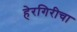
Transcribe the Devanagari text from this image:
हेरगिरीचा